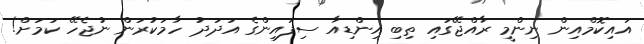
އައިކޮމްއިން ނިންމީ ރާއްޖޭގައި ތިބި އިންޑިއާ ސިފައިންގެ އަދަދު ހާމަކުރަން ނުޖެހޭ ކަމަށް!